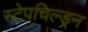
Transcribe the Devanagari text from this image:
स्टेपचिल्ड्रन